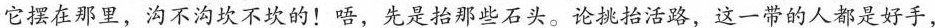
它摆在那里，沟不沟坎不坎的！唔，先是抬那些石头。论挑抬活路，这一带的人都是好手